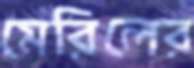
মেরিলের